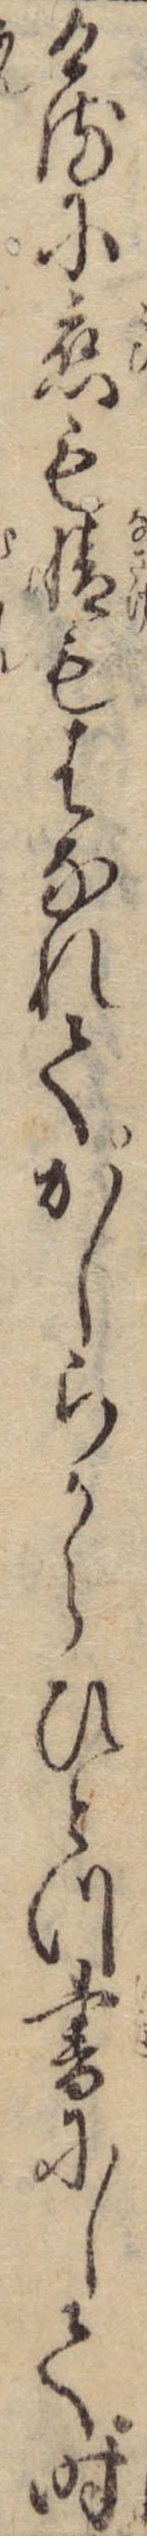
けるに恋も情もはなれてかしらからひとつ書にして時